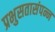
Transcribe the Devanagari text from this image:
प्रभुसतासंपन्न